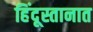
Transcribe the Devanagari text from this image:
हिंदूस्तानात